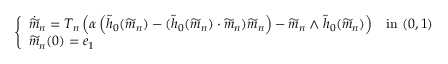
\left\{ \begin{array} { l l } { \dot { \widetilde { m } } _ { n } = T _ { n } \left( \alpha \left( \widetilde { h } _ { 0 } ( \widetilde { m } _ { n } ) - ( \widetilde { h } _ { 0 } ( \widetilde { m } _ { n } ) \cdot \widetilde { m } _ { n } ) \widetilde { m } _ { n } \right) - \widetilde { m } _ { n } \wedge \widetilde { h } _ { 0 } ( \widetilde { m } _ { n } ) \right) } & { \mathrm { i n ~ } ( 0 , 1 ) } \\ { \widetilde { m } _ { n } ( 0 ) = e _ { 1 } } & \end{array} \right.